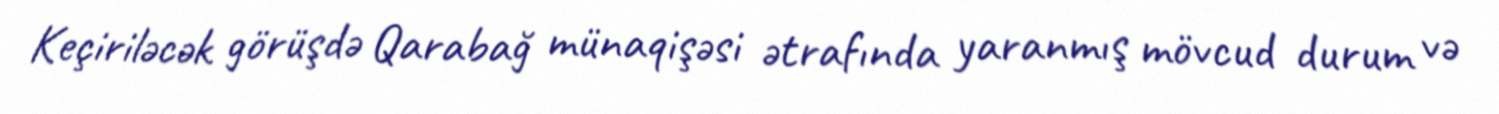
Keçiriləcək görüşdə Qarabağ münaqişəsi ətrafında yaranmış mövcud durum və